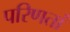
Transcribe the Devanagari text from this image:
परिणतां